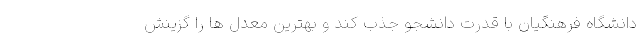
دانشگاه فرهنگیان با قدرت دانشجو جذب کند و بهترین معدل ها را گزینش